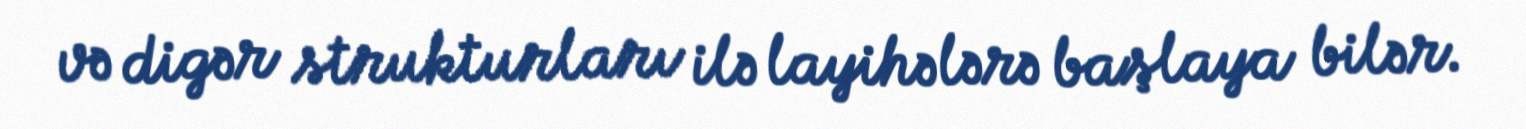
və digər strukturları ilə layihələrə başlaya bilər.